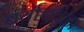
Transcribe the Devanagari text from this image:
बर्याचवेळा